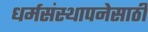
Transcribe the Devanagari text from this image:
धर्मसंस्थापनेसाठी